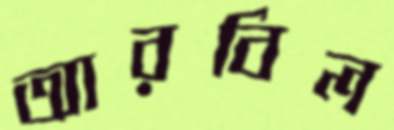
আরবিল